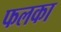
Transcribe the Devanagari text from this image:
फलका